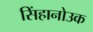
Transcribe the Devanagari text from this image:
सिंहानोउक